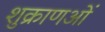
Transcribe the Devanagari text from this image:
शुक्राणओं